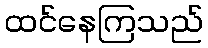
ထင်နေကြသည်